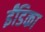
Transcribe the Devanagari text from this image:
ईंडिका